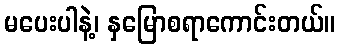
မပေးပါနဲ့၊ နှမြောစရာကောင်းတယ်။